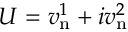
U = v _ { \mathrm { n } } ^ { 1 } + i v _ { \mathrm { n } } ^ { 2 }